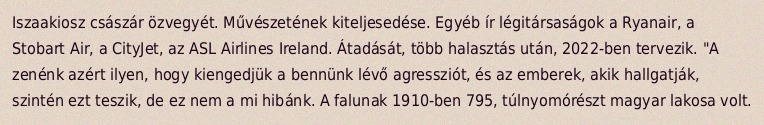
Iszaakiosz császár özvegyét. Művészetének kiteljesedése. Egyéb ír légitársaságok a Ryanair, a Stobart Air, a CityJet, az ASL Airlines Ireland. Átadását, több halasztás után, 2022-ben tervezik. "A zenénk azért ilyen, hogy kiengedjük a bennünk lévő agressziót, és az emberek, akik hallgatják, szintén ezt teszik, de ez nem a mi hibánk. A falunak 1910-ben 795, túlnyomórészt magyar lakosa volt.